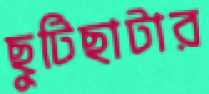
ছুটিছাটার